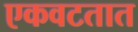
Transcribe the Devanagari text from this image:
एकवटतात